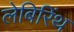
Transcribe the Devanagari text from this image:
लेबिरिंथ